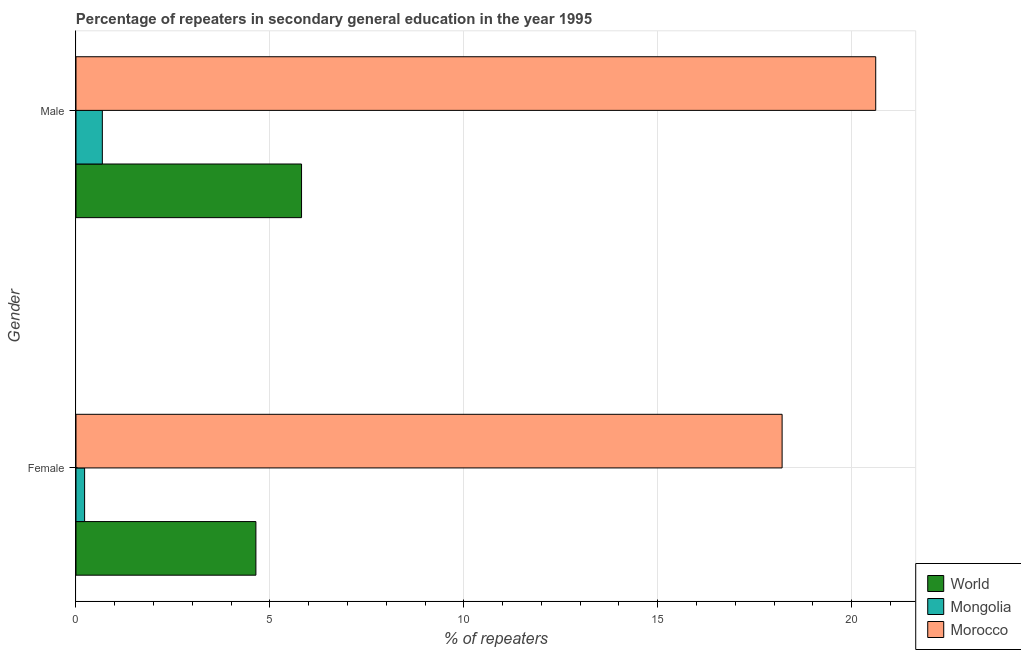
| Gender | World | Mongolia | Morocco |
 | --- | --- | --- | --- |
 | Female | 4.64 | 0.222 | 18.2 |
 | Male | 5.82 | 0.679 | 20.6 |